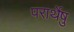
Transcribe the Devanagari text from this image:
परार्थेषु